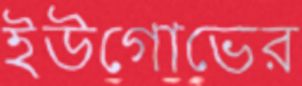
ইউগোভের